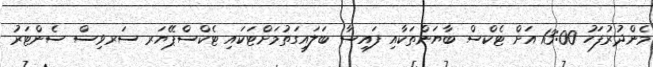
މެންދުރުފަހު 13:00 އަށް ޓެކްސް ބާޔަންތަކާއި ފައިސާ ބަލައިގަތުމަށްޓަކައި ޓެކްސްޕޭޔަރ ސަރވިސް ސެންޓަރު